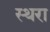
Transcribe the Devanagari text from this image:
स्थरा